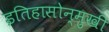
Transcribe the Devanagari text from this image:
इतिहासोन्मुखी